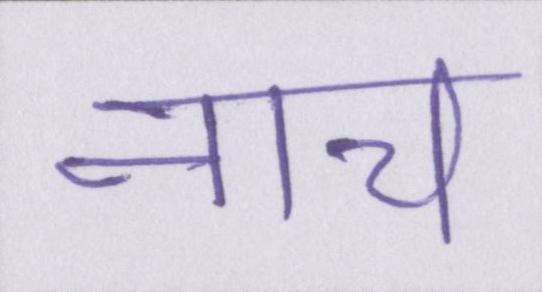
नाच